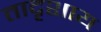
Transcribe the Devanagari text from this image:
तादृशाय